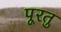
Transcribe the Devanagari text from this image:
पूरतु